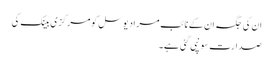
ان کی جگہ ان کے نائب مراد یوسل کو مرکزی بینک کی
صدارت سونپی گئی ہے۔